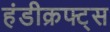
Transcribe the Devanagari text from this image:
हंडीक्रफ्ट्स